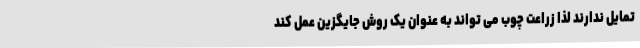
تمایل ندارند لذا زراعت چوب می تواند به عنوان یک روش جایگزین عمل کند